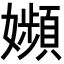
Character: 𡤉